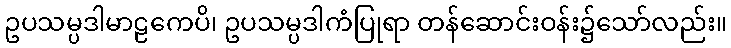
ဥပသမ္ပဒါမာဠကေပိ၊ ဥပသမ္ပဒါကံပြုရာ တန်ဆောင်းဝန်း၌သော်လည်း။